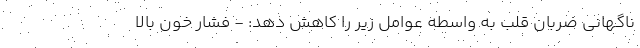
ناگهانی ضربان قلب به واسطه عوامل زیر را کاهش دهد: - فشار خون بالا